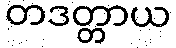
တဒတ္တာယ